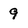
Character: 9